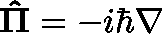
\mathbf { \hat { \Pi } } = - i \hbar \nabla